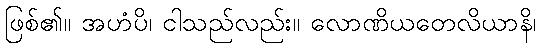
ဖြစ်၏။ အဟံပိ၊ ငါသည်လည်း။ လောဏိယတေလိယာနိ၊